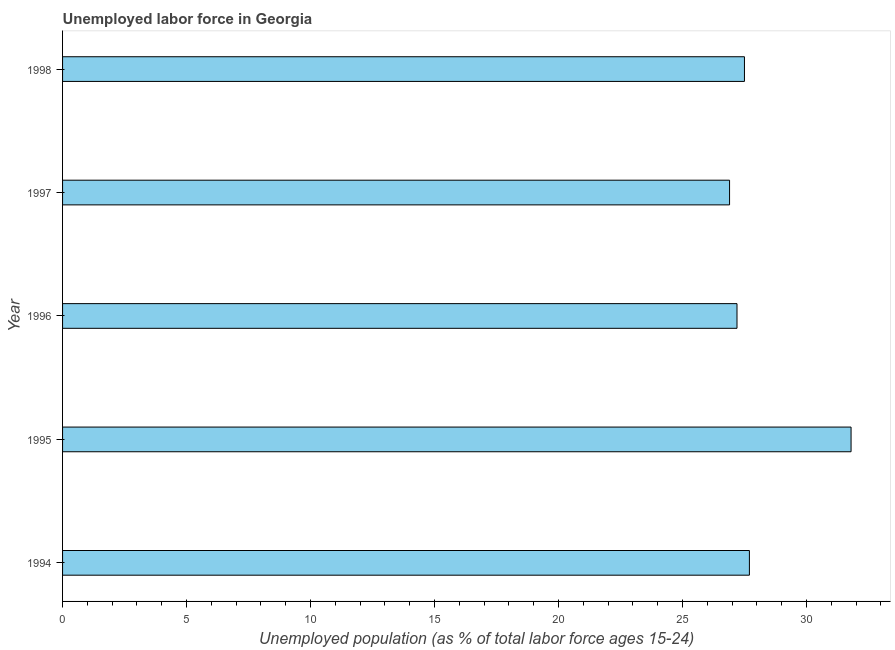
| Year | Unemployment |
 | --- | --- |
 | 1994 | 27.7 |
 | 1995 | 31.8 |
 | 1996 | 27.2 |
 | 1997 | 26.9 |
 | 1998 | 27.5 |